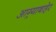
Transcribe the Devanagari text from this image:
आग्र्याबाहेर